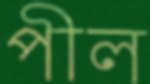
পীল